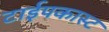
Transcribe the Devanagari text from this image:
टाईपकास्ट